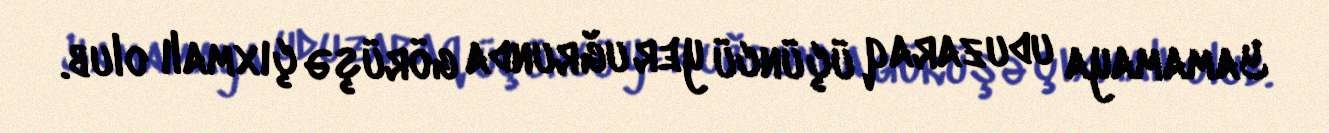
Yamamaya uduzaraq üçüncü yer uğrunda görüşə çıxmalı olub.